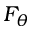
F _ { \theta }